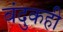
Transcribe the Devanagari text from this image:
बंदुकही